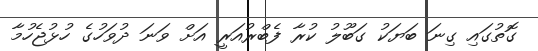
ގޮތުގައި ގިނަ ބަޔަކު ގަބޫލު ކުރާ ފެބްރުއަރީ އަށް ވަނަ ދުވަހުގެ ހުޅުޖެހުމާ